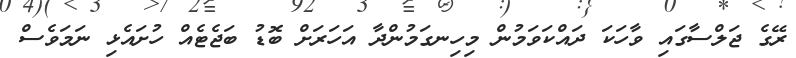
ރޭގެ ޖަލްސާގައި ވާހަކަ ދައްކަވަމުން މިހިނގަމުންދާ އަހަރަށް ބޮޑު ބަޖެޓެއް ހުށައެޅި ނަމަވެސް